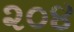
૨૦૪